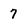
Character: 7